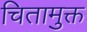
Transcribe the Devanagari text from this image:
चितामुक्त